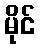
မိုင်